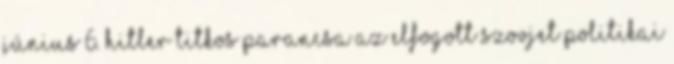
június 6. Hitler titkos parancsa az elfogott szovjet politikai